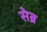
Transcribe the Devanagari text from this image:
सेब्र